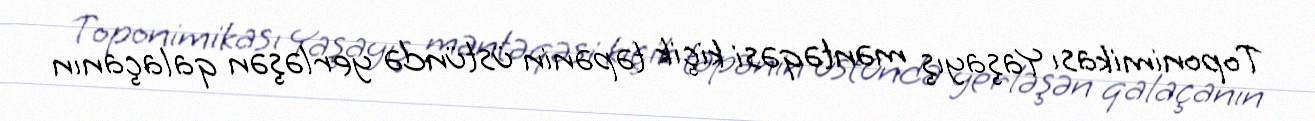
Toponimikası Yaşayış məntəqəsi kiçik təpənin üstündə yerləşən qalaçanın